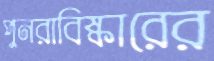
পুনরাবিষ্কারের